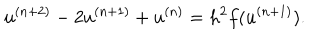
u ^ { ( n + 2 ) } - 2 u ^ { ( n + 1 ) } + u ^ { ( n ) } = h ^ { 2 } f ( u ^ { ( n + 1 ) } ) .